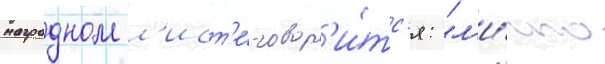
наградном л'ист'е́ говор'и́тс'я: "л'и́чно